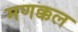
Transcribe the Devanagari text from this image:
मणक्कल